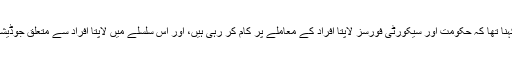
میجر جنرل آصف غفور کا کہنا تھا کہ حکومت اور سیکورٹی فورسز لاپتا افراد کے معاملے پر کام کر رہی ہیں، اور اس سلسلے میں لاپتا افراد سے متعلق جوڈیشل کمشن دن رات کوشاں ہے۔